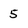
Character: 5